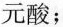
元酸；